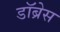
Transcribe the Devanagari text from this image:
डॉब्रेस